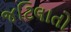
જટિલાતો